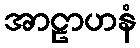
အာဠာဟနံ